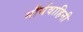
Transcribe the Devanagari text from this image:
मौर्यवाहिनी